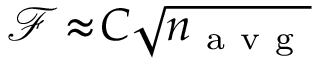
\mathcal { F } \! \approx \! C \sqrt { n _ { \mathrm { ~ a ~ v ~ g ~ } } }